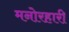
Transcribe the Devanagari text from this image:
मनोरहारी